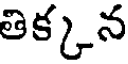
తిక్కన